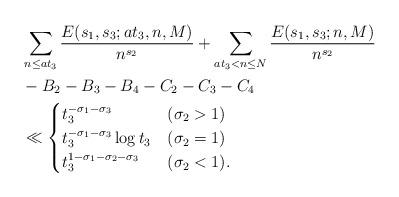
LaTeX: \begin{align*}&\sum_{n \leq at_3} \frac{E(s_1,s_3;at_3,n,M)}{n^{s_2}}+\sum_{at_3 < n \leq N} \frac{E(s_1,s_3;n,M)}{n^{s_2}} \\&-B_2-B_3-B_4-C_2-C_3-C_4 \\& \ll \begin{cases}t_3^{-\sigma_1-\sigma_3} & (\sigma_2>1) \\t_3^{-\sigma_1-\sigma_3} \log t_3 & (\sigma_2=1) \\t_3^{1-\sigma_1-\sigma_2-\sigma_3} & (\sigma_2<1). \\\end{cases}\end{align*}